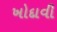
ખોદાવી